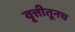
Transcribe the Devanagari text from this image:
वृत्तीतूनच